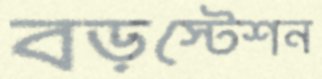
বড়স্টেশন